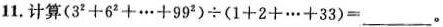
11.计算$$(3^{2}+6^{2}+...+99^{2}) \div (1+2+...+33)=___$$。